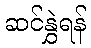
ဆင်နွှဲရန်